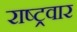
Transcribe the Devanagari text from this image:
राष्ट्रवार